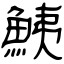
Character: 鮧